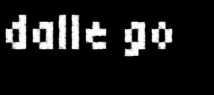
dalle go